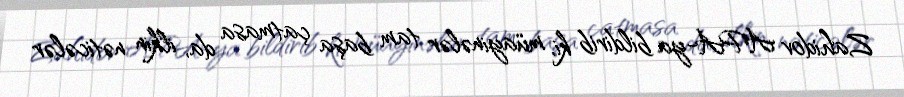
Zahidov APA-ya bildirib ki, müayinələr tam başa çatmasa da, ilkin nəticələr